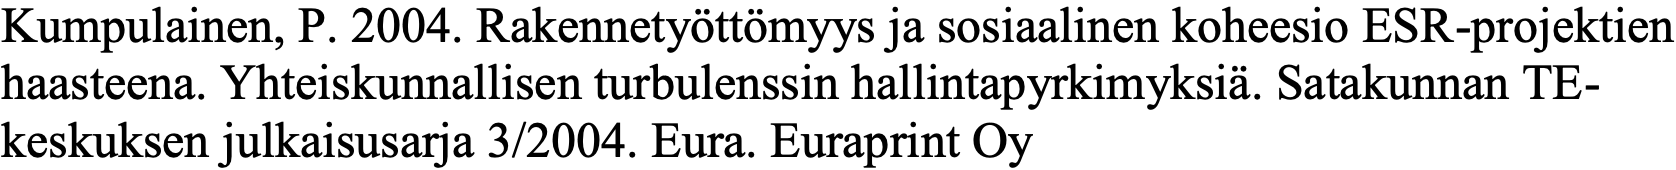
Kumpulainen, P. 2004. Rakennetyöttömyys ja sosiaalinen koheesio ESR-projektien haasteena. Yhteiskunnallisen turbulenssin hallintapyrkimyksiä. Satakunnan TE- keskuksen julkaisusarja 3/2004. Eura. Euraprint Oy